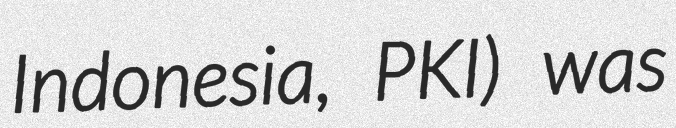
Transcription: Indonesia, PKI) was